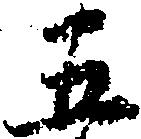
五